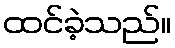
ထင်ခဲ့သည်။